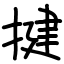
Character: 揵